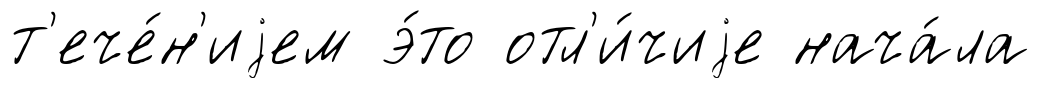
т'ече́н'иjем э́то отл'и́чиjе нача́ла